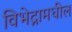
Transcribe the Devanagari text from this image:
विभेद्नामधील